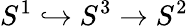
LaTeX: S^{1}\hookrightarrow S^{3}\to S^{2}